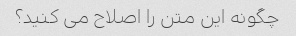
چگونه این متن را اصلاح می کنید؟